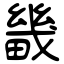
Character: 畿